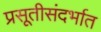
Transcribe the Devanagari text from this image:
प्रसूतीसंदर्भात